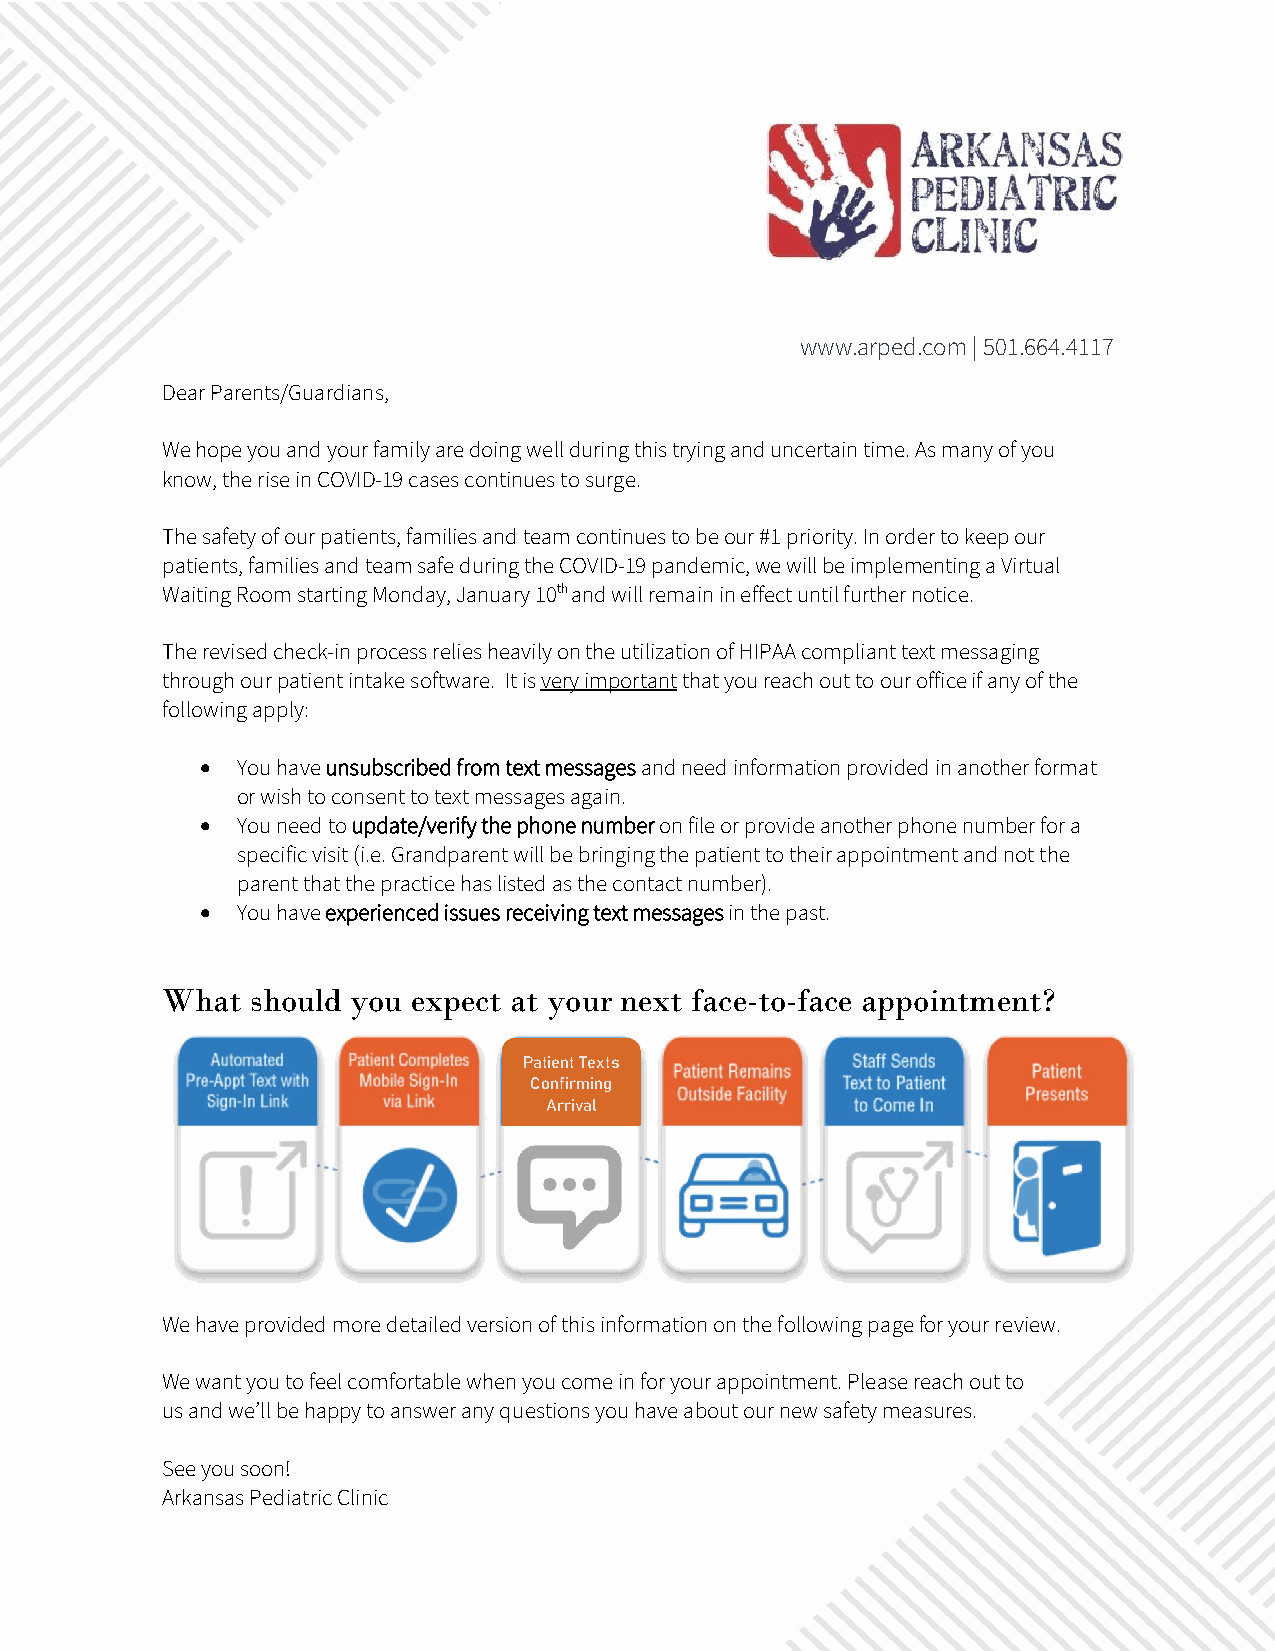
www.arped.com | 501.664.4117
 Dear Parents/Guardians,
 We hope you and your family are doing well during this trying and uncertain time. As many of you
 know, the rise in COVID-19 cases continues to surge.
 The safety of our patients, families and team continues to be our #1 priority. In order to keep our
 patients, families and team safe during the COVID-19 pandemic, we will be implementing a Virtual
 Waiting Room starting Monday, January 10th and will remain in effect until further notice.
 The revised check-in process relies heavily on the utilization of HIPAA compliant text messaging
 through our patient intake software. It is very important that you reach out to our office if any of the
 following apply:
 •  You have unsubscribed from text messages and need information provided in another format
 or wish to consent to text messages again.
 •  You need to update/verify the phone number on file or provide another phone number for a
 specific visit (i.e. Grandparent will be bringing the patient to their appointment and not the
 parent that the practice has listed as the contact number).
 •  You have experienced issues receiving text messages in the past.
 What  should you expect at your next face-to-face appointment?
 Patient Texts
 Confirming
 Arrival
 We have provided more detailed version of this information on the following page for your review.
 We want you to feel comfortable when you come in for your appointment. Please reach out to
 us and we’ll be happy to answer any questions you have about our new safety measures.
 See you soon!
 Arkansas Pediatric Clinic